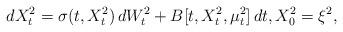
LaTeX: \begin{align*}dX^2_t = \sigma(t, X^2_t)\,dW^2_t+B[t,X^2_t, \mu^2_t]\,dt, X^2_0=\xi^2,\end{align*}